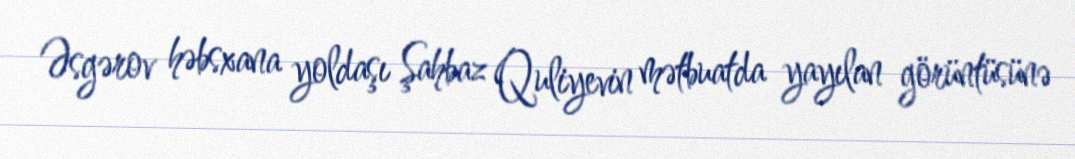
Əsgərov həbsxana yoldaşı Şahbaz Quliyevin mətbuatda yayılan görüntüsünə